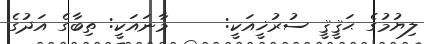
ލިޔުމުގެ ޙަޤީޤީ ސުރުޚީއަކީ:     މާނައަކީ: ތިބާގެ އަދުގެ